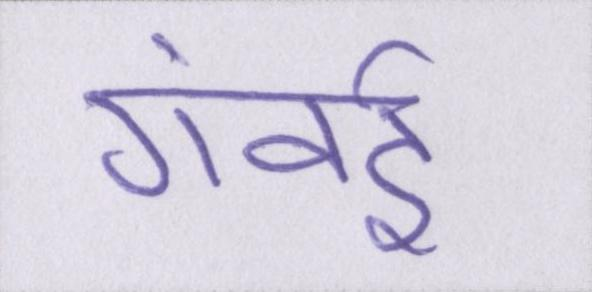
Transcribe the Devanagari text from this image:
गंवई